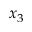
x _ { 3 }